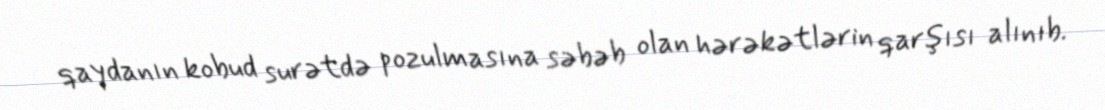
qaydanın kobud surətdə pozulmasına səbəb olan hərəkətlərin qarşısı alınıb.